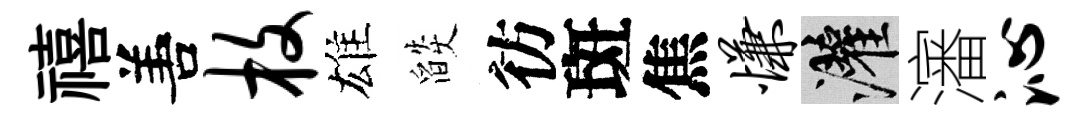
禧𠵊枚雄燄彷斑焦慊灌瀋沁